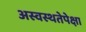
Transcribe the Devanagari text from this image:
अस्वस्थतेपेक्षा